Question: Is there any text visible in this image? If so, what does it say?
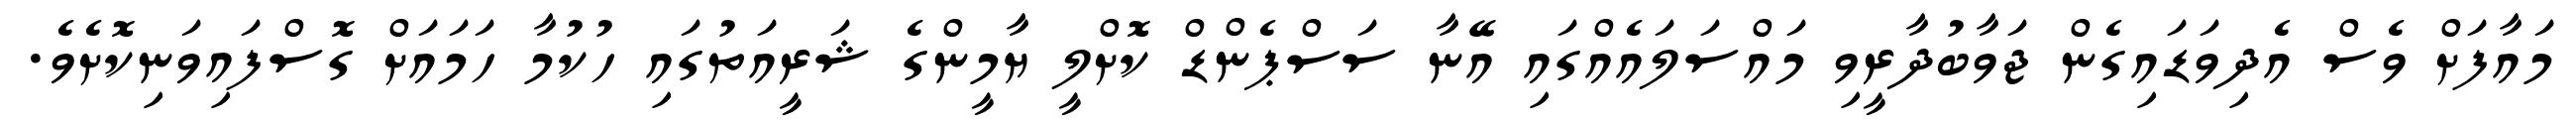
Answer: މައާފަށް ވެސް އެދިވަޑައިގެން ޖަވާބުދާރީވި މައްސަލައެއްގައި އޭނާ ސަސްޕެންޑް ކޮށްލީ ޔާމީންގެ ޝަރީއަތުގައި ހުކުމާ ހަމައަށް ގޮސްފައިވަނިކޮށެވެ.